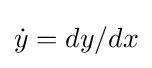
{\dot {y}}=dy/dx